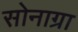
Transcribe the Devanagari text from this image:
सोनाग्रा